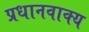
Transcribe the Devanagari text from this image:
प्रधानवाक्य